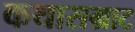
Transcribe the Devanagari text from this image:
कथासम्राट